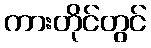
ကားတိုင်တွင်